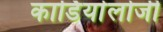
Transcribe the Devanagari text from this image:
कार्डियाेलोजी